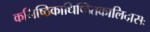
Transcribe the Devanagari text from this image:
कनिष्ठिकाधिष्ठितकालिदासः